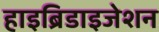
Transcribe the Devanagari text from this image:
हाइब्रिडाइजेशन